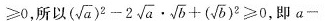
≥ 0$$，所以$$( \sqrt { a } ) ^ { 2 } - 2 \sqrt { a } \cdot \sqrt { b } + ( \sqrt { b } ) ^ { 2 } ≥ 0$$ ，即$$a -